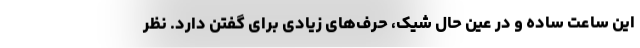
این ساعت ساده و در عین حال شیک، حرف‌های زیادی برای گفتن دارد. نظر